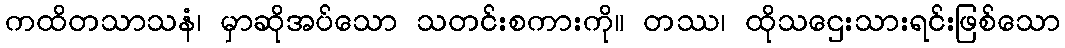
ကထိတသာသနံ၊ မှာဆိုအပ်သော သတင်းစကားကို။ တဿ၊ ထိုသဌေးသားရင်းဖြစ်သော